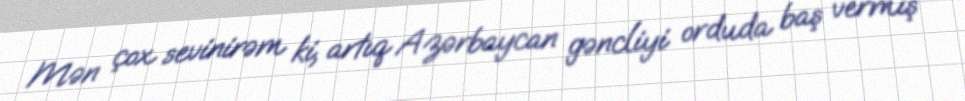
Mən çox sevinirəm ki, artıq Azərbaycan gəncliyi orduda baş vermiş